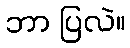
ဘာ ပြလဲ။